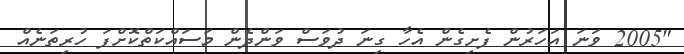
"2005 ވަނަ އަހަރުން ފެށިގެން އެހާ ގިނަ ދުވަސް ވަންދެން މަސައްކަތްކޮށްފަ ހުރިތަނެއް